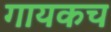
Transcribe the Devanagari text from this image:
गायकच